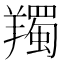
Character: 𦏕